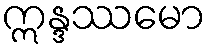
ဣန္ဒဿမော